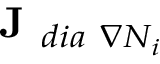
\textbf { J } _ { d i a \ \nabla N _ { i } }